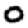
Digit: 0